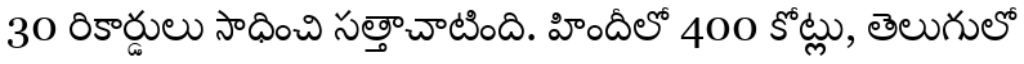
30 రికార్డులు సాధించి సత్తాచాటింది. హిందీలో 400 కోట్లు, తెలుగులో